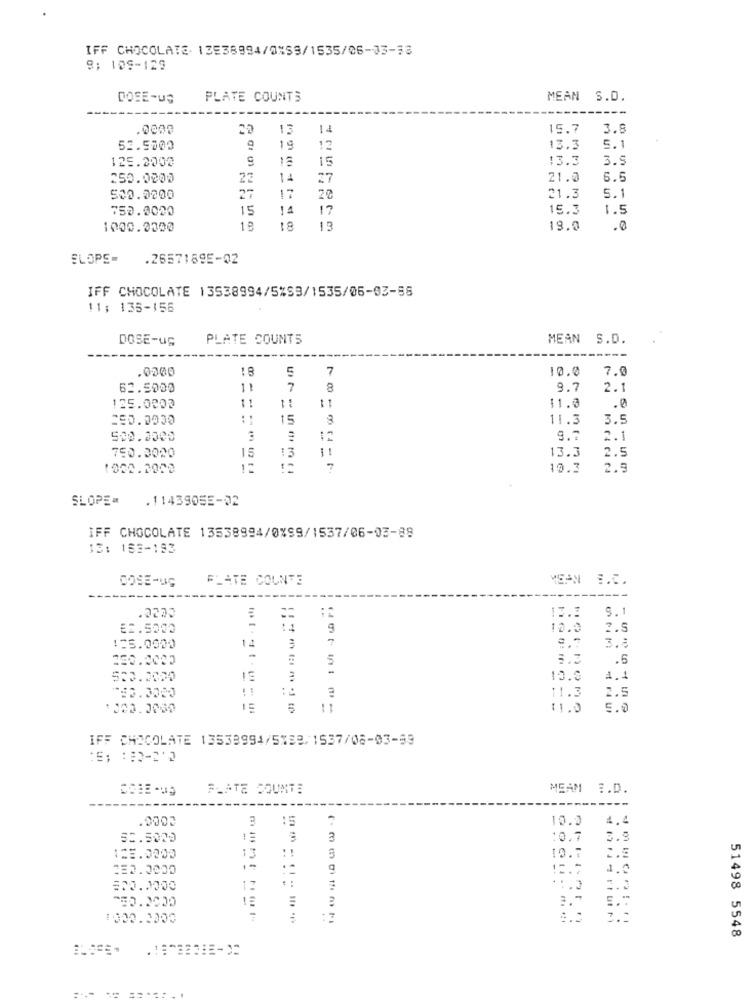
IFF CHOCOLATE. 13538994/0%59/1535/06-03-33
9: 105-129
DOSE-US
PLATE COUNTS
MEAN S.D.
.0000
13
15.7
3.8
52.5000
9
19
12
13.3
5.1
125.2002
12
13.3
3.9
250.0000
23
14
27
21.0
6.5
27
17
500.0200
20
21.3
5.1
752.0020
15
14
17
15.3
1.5
1000.0000
18
13
19.0
.0
SLOPE-
.2657189E-02
IFF CHOCOLATE 13538994/5%99/1535/06-03-58
11; 135-156
DOSE-US
PLATE COUNTS
MEAN S.D.
.0200
5
7
10.0
7.0
62.5000
11
7
8
9.7
2.1
11
125.0000
-
11.0
.0
250.0930
15
8
11.3
3.5
500.0000
2.1
13.3
2.5
750.0020
13
1002.2000
7
10.3
2.9
SLOPE=
.1143905E-02
IFF CHOCOLATE 13538994/0%99/1537/06-03-88
13: 153-183
PLATE COUNTE
MEAN E.C.
DOSE-US
---
9.1
E2.5000
-
9
12.0
2.5
7
3.3
125.0000
-
.5
500.0000
10.0
4.1
11.3
2.5
11.0
5.0
IFF CHOCOLATE 13539994/5189/1537/08-03-59
:5; : 82-210
FLATE COUNTE
MEAM :. D.
.0007
3 15
10.0
4,4
50.5000
3
:0.7
3.9
123.0000
13
..
10.7
C.E
2E0.0000
1-
9
4.0
: -
# :
520. 0000
12
1000.2000
51498 5548